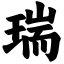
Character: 瑞